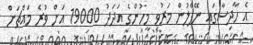
އެ ހާދިސާގައި ނޭޕާލުން މަރުވި މީހުންގެ އަދަދު 19000 އަށް ވުރެ މައްޗަށް